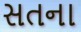
સતના